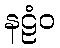
နဠံဝ